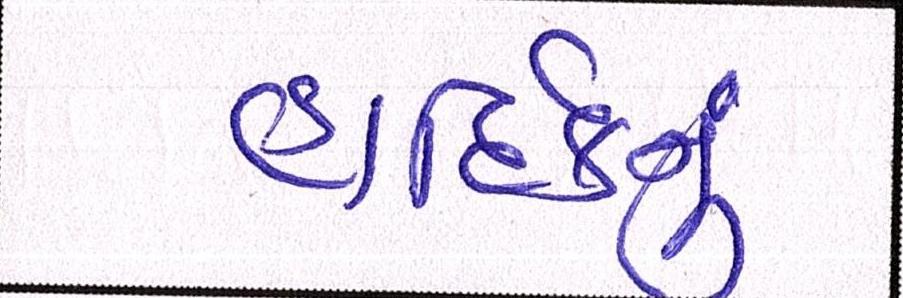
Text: હાર્દિકનું